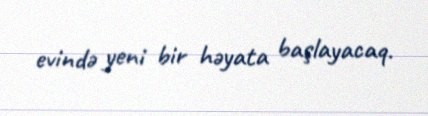
evində yeni bir həyata başlayacaq.